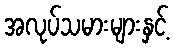
အလုပ်သမားများနှင့်